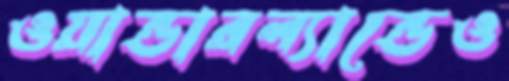
ওয়ান্ডারল্যান্ডেও